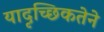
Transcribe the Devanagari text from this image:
यादृच्छिकतेने